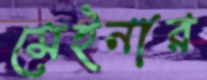
মেইনার